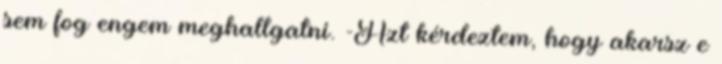
sem fog engem meghallgatni. -Azt kérdeztem, hogy akarsz e